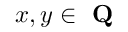
x , y \in { \textbf { Q } }